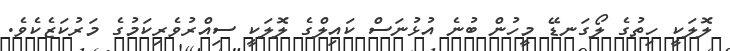
ލޮލަކީ ހިތުގެ ލޯގަނޑޭ މީހުން ބުނެ އުޅުނަސް ކައިލްގެ ލޮލަކީ ސިއްރުވެރިކަމުގެ މަރުކަޒެކެވެ.